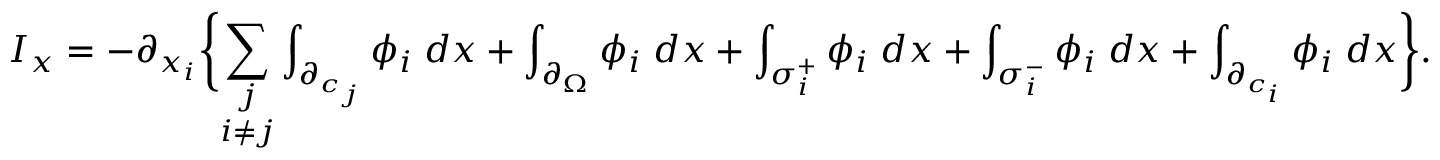
I _ { x } = - \partial _ { x _ { i } } \biggl \{ \underset { i \neq j } { \sum _ { j } } \int _ { \partial _ { c _ { j } } } \phi _ { i } \; d x + \int _ { \partial _ { \Omega } } \phi _ { i } \; d x + \int _ { \sigma _ { i } ^ { + } } \phi _ { i } \; d x + \int _ { \sigma _ { i } ^ { - } } \phi _ { i } \; d x + \int _ { \partial _ { c _ { i } } } \phi _ { i } \; d x \biggl \} .